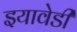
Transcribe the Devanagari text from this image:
इयावेडी